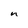
Character: n